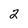
Character: 2